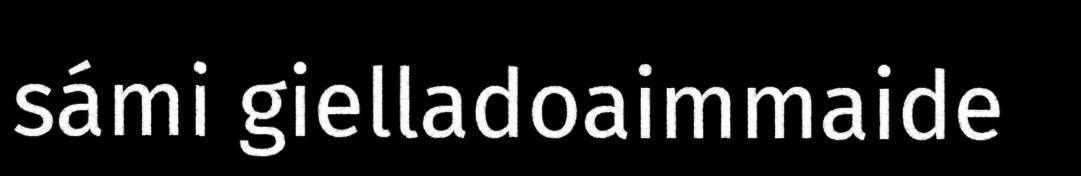
sámi gielladoaimmaide